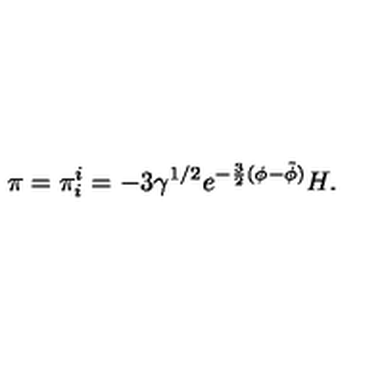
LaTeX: \pi = \pi _ { i } ^ { i } = - 3 \gamma ^ { 1 / 2 } e ^ { - \frac { 3 } { 2 } ( \phi - \tilde { \phi } ) } H .